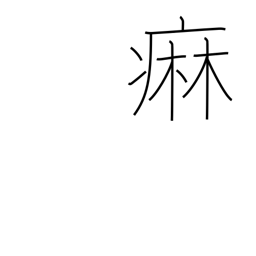
Meaning: gonorrhea